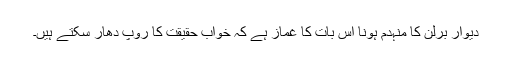
دیوار ِبرلن کا منہدم ہونا اس بات کا غماز ہے کہ خواب حقیقت کا روپ دھار سکتے ہیں۔